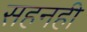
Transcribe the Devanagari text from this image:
सहनही